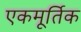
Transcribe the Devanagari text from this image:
एकमूर्तिक